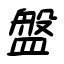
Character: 盤